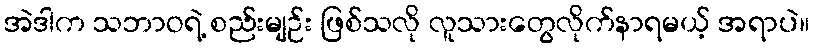
အဲဒါက သဘာဝရဲ့ စည်းမျဉ်း ဖြစ်သလို လူသားတွေလိုက်နာရမယ့် အရာပဲ။